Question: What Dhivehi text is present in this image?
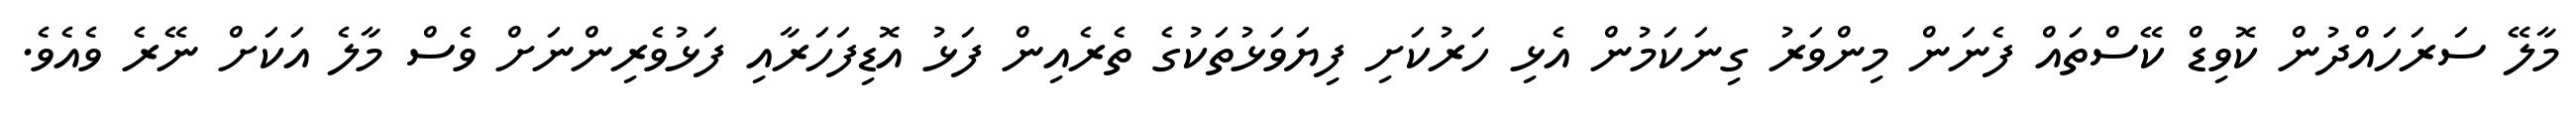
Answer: މާލޭ ސަރަހައްދުން ކޮވިޑް ކޭސްތައް ފެނަން މިންވަރު ގިނަކަމުން އެޅި ހަރުކަށި ފިޔަވަޅުތަކުގެ ތެރެއިން ފަޅު އޮޑިފަހަރާއި ފަޅުވެރިންނަށް ވެސް މާލެ އަކަށް ނޭރެ ވެއެވެ.